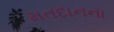
મતદાનના